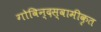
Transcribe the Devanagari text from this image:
गोविन्दस्वामीकृत